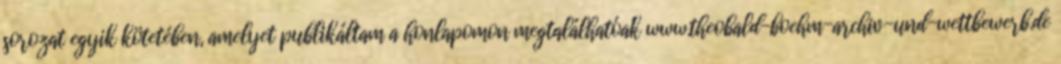
sorozat egyik kötetében, amelyet publikáltam a honlapomon megtalálhatóak www.theobald-boehm-archiv-und-wettbewerb.de